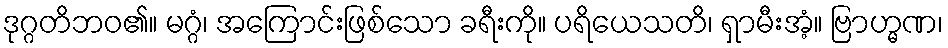
ဒုဂ္ဂတိဘဝ၏။ မဂ္ဂံ၊ အကြောင်းဖြစ်သော ခရီးကို။ ပရိယေသတိ၊ ရှာမီးအံ့။ ဗြာဟ္မဏ၊